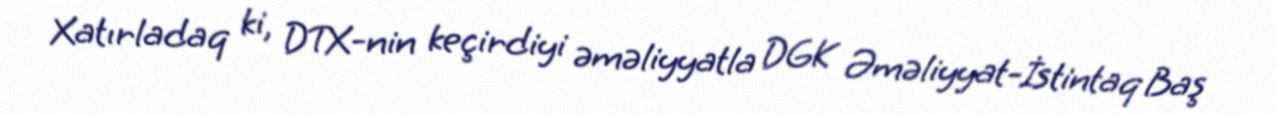
Xatırladaq ki, DTX-nin keçirdiyi əməliyyatla DGK Əməliyyat-İstintaq Baş